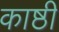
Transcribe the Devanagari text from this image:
काष्ठी